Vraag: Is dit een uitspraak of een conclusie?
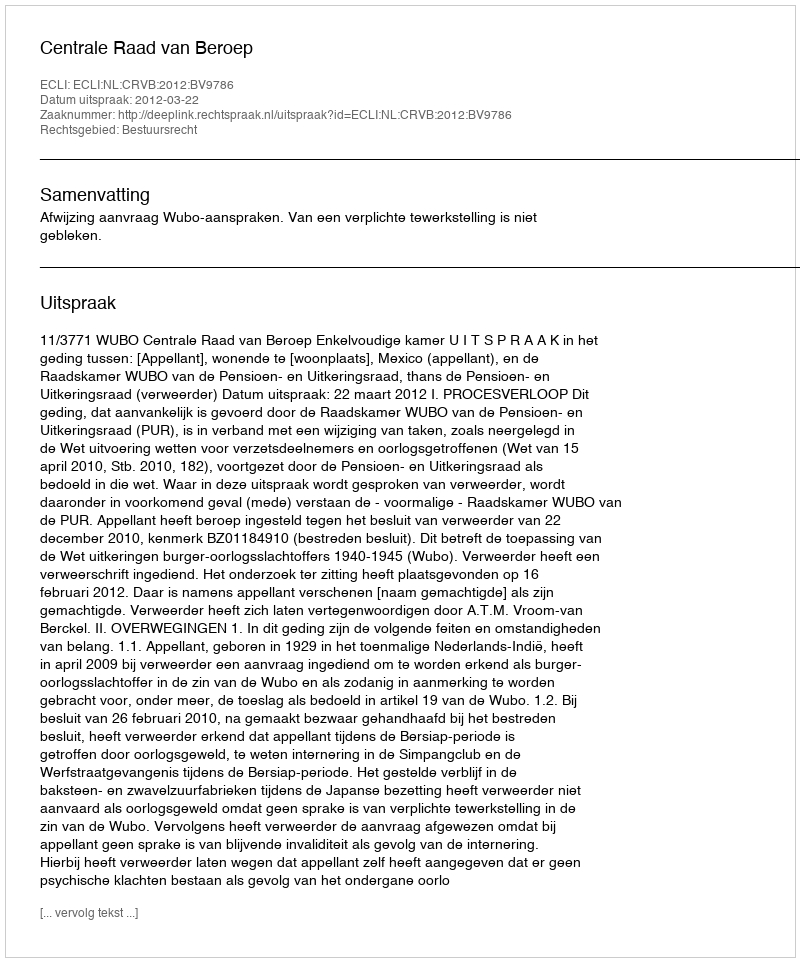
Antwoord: Uitspraak